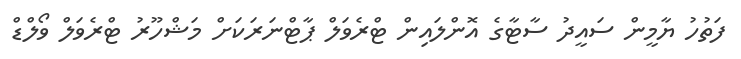
ފަތުހު ޔާމީން ސައީދު ސާޓާގެ އޮންލައިން ޓްރެވަލް ޕާޓްނަރަކަށް މަޝްހޫރު ޓްރެވަލް ވޯލްޑް